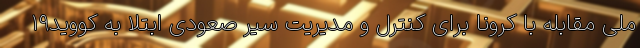
ملی مقابله با کرونا برای کنترل و مدیریت سیر صعودی ابتلا به کووید۱۹